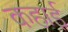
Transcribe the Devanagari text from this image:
कहाई